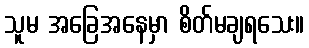
သူမ အခြေအနေမှာ စိတ်မချရသေး။